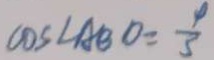
\cos \angle A B O = \frac { 4 } { 3 }